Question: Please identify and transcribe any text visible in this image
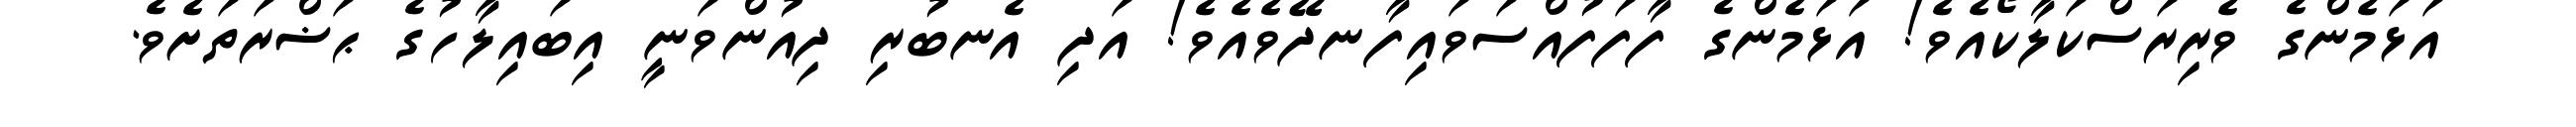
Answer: އަޅަމެންގެ ވެރިރަސްކަލާކޯއެވެ! އަޅަމެންގެ ފާފަފުއްސަވައިފާނދޭވެއެވެ! އަދި އެނބުރި ދިއުންވަނީ އިބައިލާހުގެ ޙަޟްރަތަށެވެ.